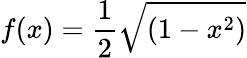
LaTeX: f(x)={\frac{1}{2}}{\sqrt{(1-x^{2})}}